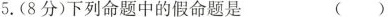
5.(8分)下列命题中的假命题是 ()